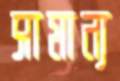
সামান্য